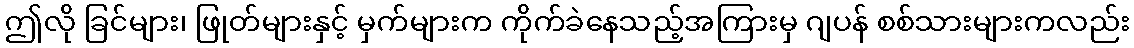
ဤလို ခြင်များ၊ ဖြုတ်များနှင့် မှက်များက ကိုက်ခဲနေသည့်အကြားမှ ဂျပန် စစ်သားများကလည်း